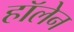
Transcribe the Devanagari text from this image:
हॉलेन